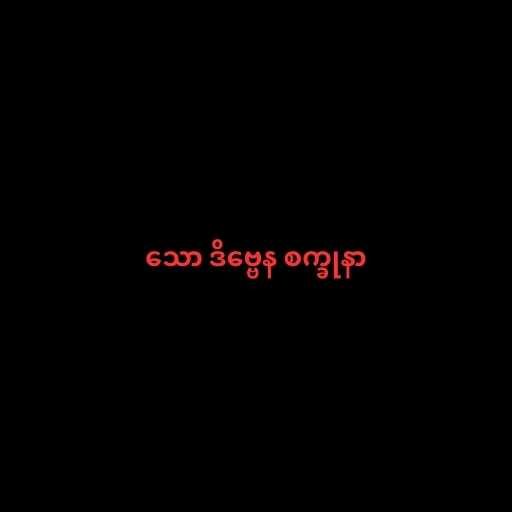
သော ဒိဗ္ဗေန စက္ခုနာ